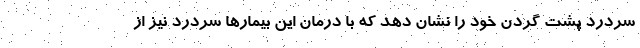
سردرد پشت گردن خود را نشان دهد که با درمان این بیمارها سردرد نیز از